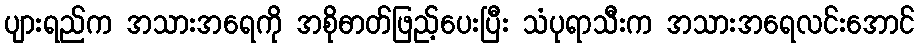
ပျားရည်က အသားအရေကို အစိုဓာတ်ဖြည့်ပေးပြီး သံပုရာသီးက အသားအရေလင်းအောင်